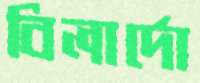
বিলার্দো